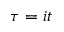
\tau = i t